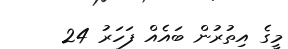
މީގެ އިތުރުން ބައެއް ފަހަރު 24